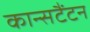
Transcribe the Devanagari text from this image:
कान्सटैंटन